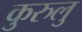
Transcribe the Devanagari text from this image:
कुरुलु